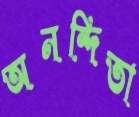
অনন্দিতা